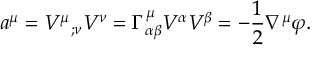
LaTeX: a ^ { \mu } = V ^ { \mu } { } _ { ; \nu } V ^ { \nu } = \Gamma _ { \alpha \beta } ^ { \mu } V ^ { \alpha } V ^ { \beta } = - { \frac { 1 } { 2 } } \nabla ^ { \mu } \varphi .